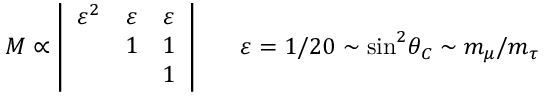
{ \cal M } \propto \left| \begin{array} { c c c } { { \varepsilon ^ { 2 } } } & { { \varepsilon } } & { { \varepsilon } } \\ { { } } & { { 1 } } & { { 1 } } \\ { { } } & { { } } & { { 1 } } \end{array} \right| \ \ \ \ \ \varepsilon = 1 / 2 0 \sim \sin ^ { 2 } \! \theta _ { C } \sim m _ { \mu } / m _ { \tau }